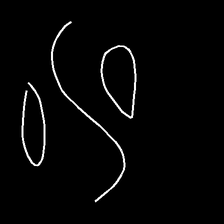
Glyph: water